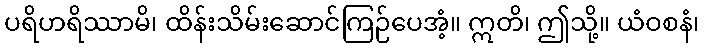
ပရိဟရိဿာမိ၊ ထိန်းသိမ်းဆောင်ကြဉ်ပေအံ့။ ဣတိ၊ ဤသို့။ ယံဝစနံ၊